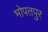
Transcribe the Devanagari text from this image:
भोपतपुर